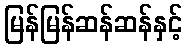
မြန်မြန်ဆန်ဆန်နှင့်